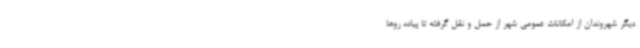
دیگر شهروندان از امکانات عمومی شهر از حمل و نقل گرفته تا پیاده روها